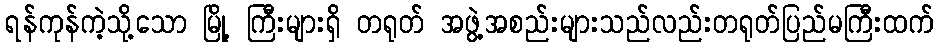
ရန်ကုန်ကဲ့သို့သော မြို့ ကြီးများရှိ တရုတ် အဖွဲ့အစည်းများသည်လည်းတရုတ်ပြည်မကြီးထက်